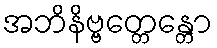
အဘိနိဗ္ဗတ္တေန္တော